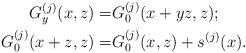
LaTeX: \begin{align*}G_{y}^{(j)}(x,z)=& G_{0}^{(j)}(x+yz,z);\\G_{0}^{(j)}(x+z,z)=& G_{0}^{(j)}(x,z)+s^{(j)}(x).\end{align*}